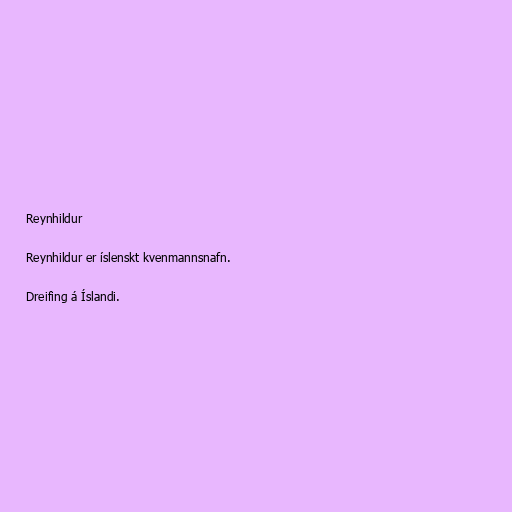
Reynhildur

Reynhildur er íslenskt kvenmannsnafn.

Dreifing á Íslandi.